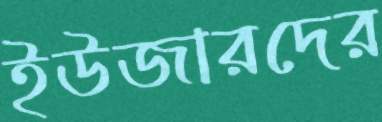
ইউজারদের